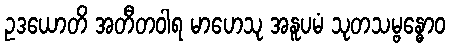
ဥဒယောတိ အတီတဝါရ မာဟေသု အနူပမံ သုတသမ္ဗန္ဓောဝ